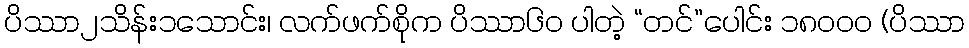
ပိဿာ၂သိန်း၁သောင်း၊ လက်ဖက်စိုက ပိဿာ၆၀ ပါတဲ့ “တင်”ပေါင်း ၁၈၀၀၀ (ပိဿာ